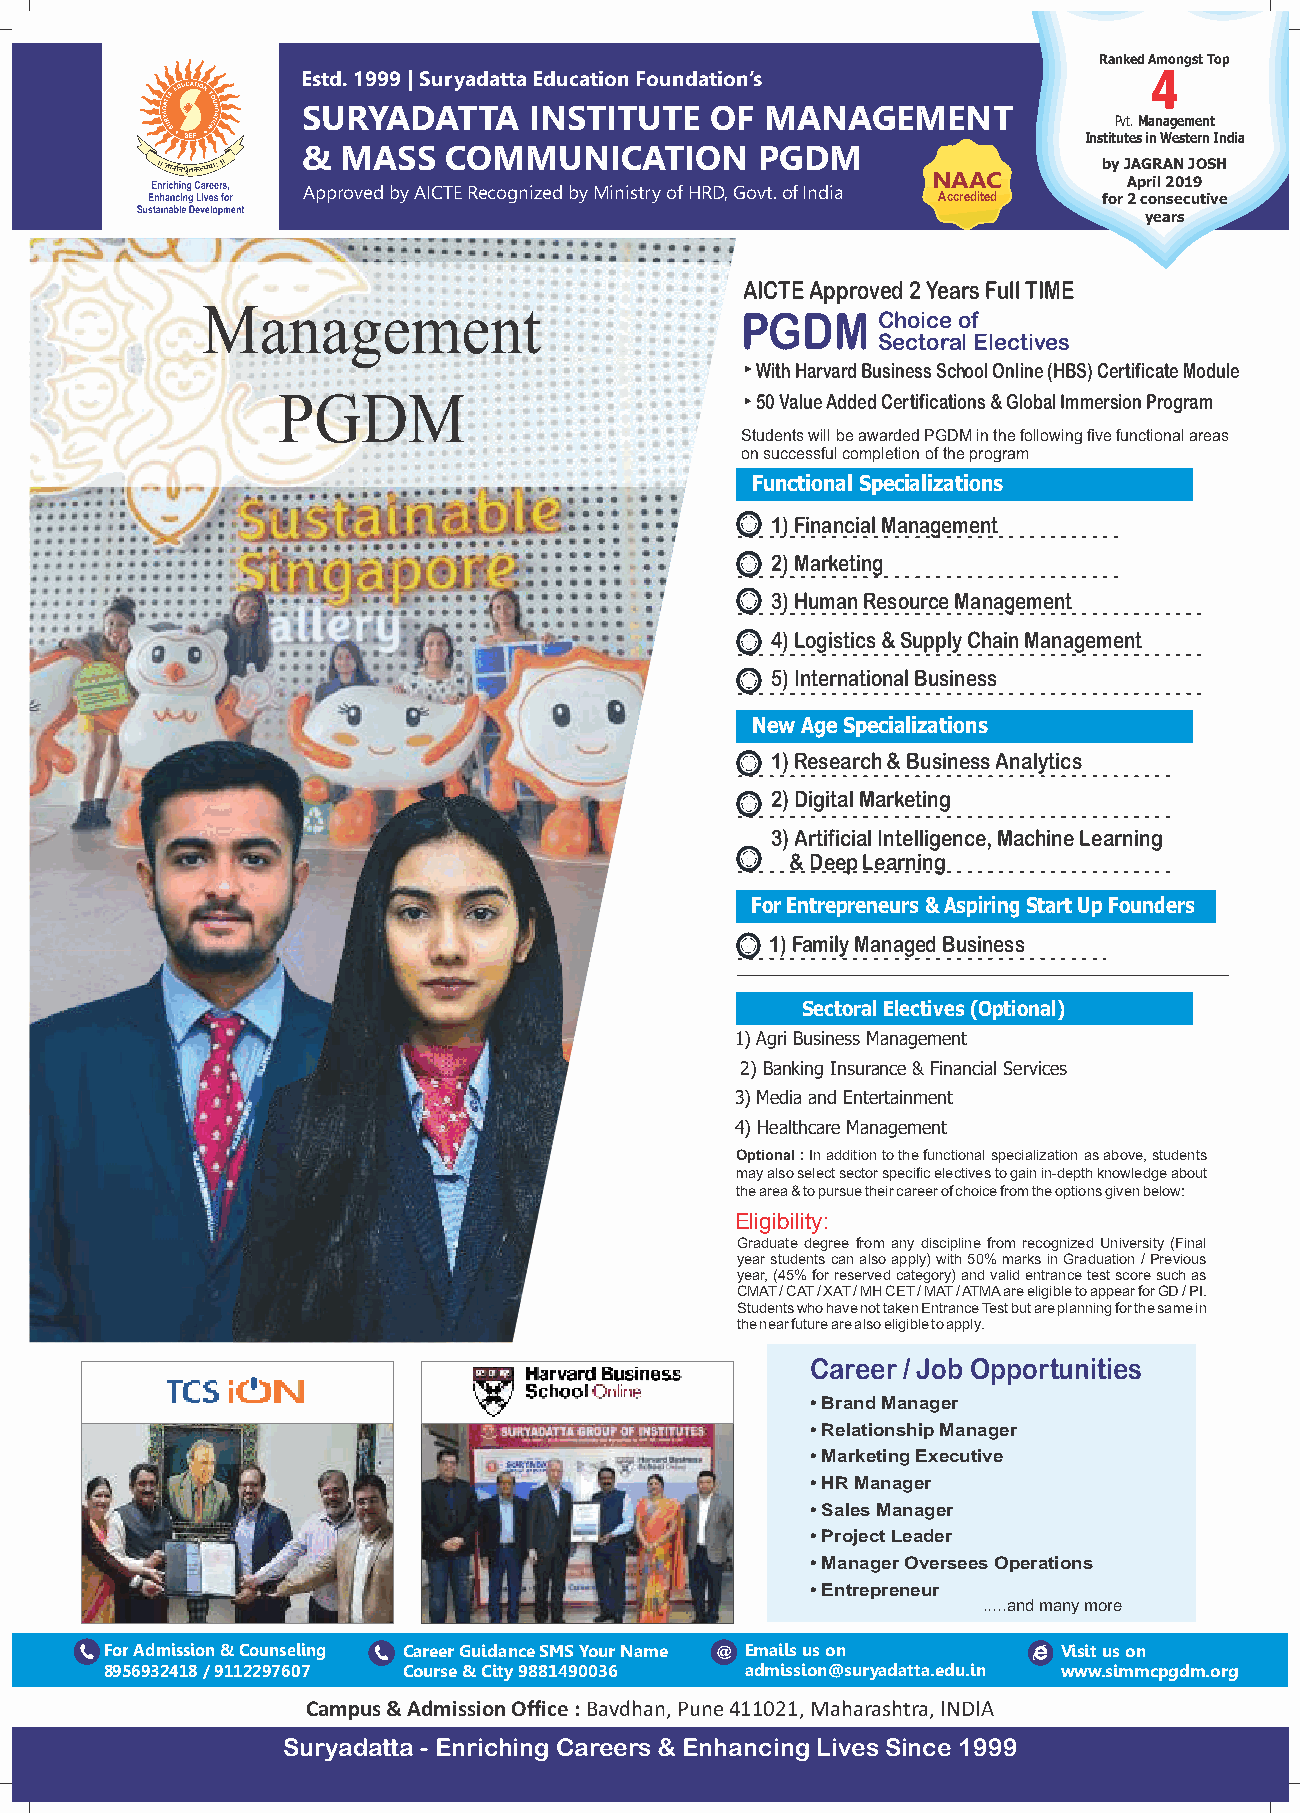
Ranked Amongst Top
 Estd. 1999 | Suryadatta Education Foundation’s          4
 SURYADATTA     INSTITUTE   OF  MANAGEMENT
 Pvt. Management
 Institutes in Western India
 &  MASS  COMMUNICATION        PGDM
 by JAGRAN JOSH
 NAAC         April 2019
 Approved by AICTE Recognized by Ministry of HRD, Govt. of India
 Accredited for 2 consecutive
 years
 AICTE Approved 2 Years Full TIME
 Management
 PGDM     Choice of
 Sectoral Electives
 With Harvard Business School Online (HBS) Certificate Module
 PGDM                            50 Value Added Certifications & Global Immersion Program
 Students will be awarded PGDM in the following five functional areas
 on successful completion of the program
 Functional Specializations
 1) Financial Management
 2) Marketing
 3) Human Resource Management
 4) Logistics & Supply Chain Management
 5) International Business
 New Age Specializations
 1) Research & Business Analytics
 2) Digital Marketing
 3) Artificial Intelligence, Machine Learning
 & Deep Learning
 For Entrepreneurs & Aspiring Start Up Founders
 1) Family Managed Business
 Sectoral Electives (Optional)
 1) Agri Business Management
 2) Banking Insurance & Financial Services
 3) Media and Entertainment
 4) Healthcare Management
 Optional : In addition to the functional specialization as above, students
 may also select sector specific electives to gain in-depth knowledge about
 the area & to pursue their career of choice from the options given below:
 Eligibility:
 Graduate degree from any discipline from recognized University (Final
 year students can also apply) with 50% marks in Graduation / Previous
 year, (45% for reserved category) and valid entrance test score such as
 CMAT / CAT / XAT / MH CET / MAT / ATMA are eligible to appear for GD / PI.
 Students who have not taken Entrance Test but are planning for the same in
 the near future are also eligible to apply.
 Career / Job Opportunities
 • Brand Manager
 • Relationship Manager
 • Marketing Executive
 • HR Manager
 • Sales Manager
 • Project Leader
 • Manager Oversees Operations
 • Entrepreneur
 .....and many more
 For Admission & Counseling Career Guidance SMS Your Name @ Emails us on Visit us on
 8956932418 / 9112297607 Course & City 9881490036 admission@suryadatta.edu.in www.simmcpgdm.org
 Campus & Admission Office : Bavdhan, Pune 411021, Maharashtra, INDIA
 Suryadatta - Enriching Careers & Enhancing Lives Since 1999